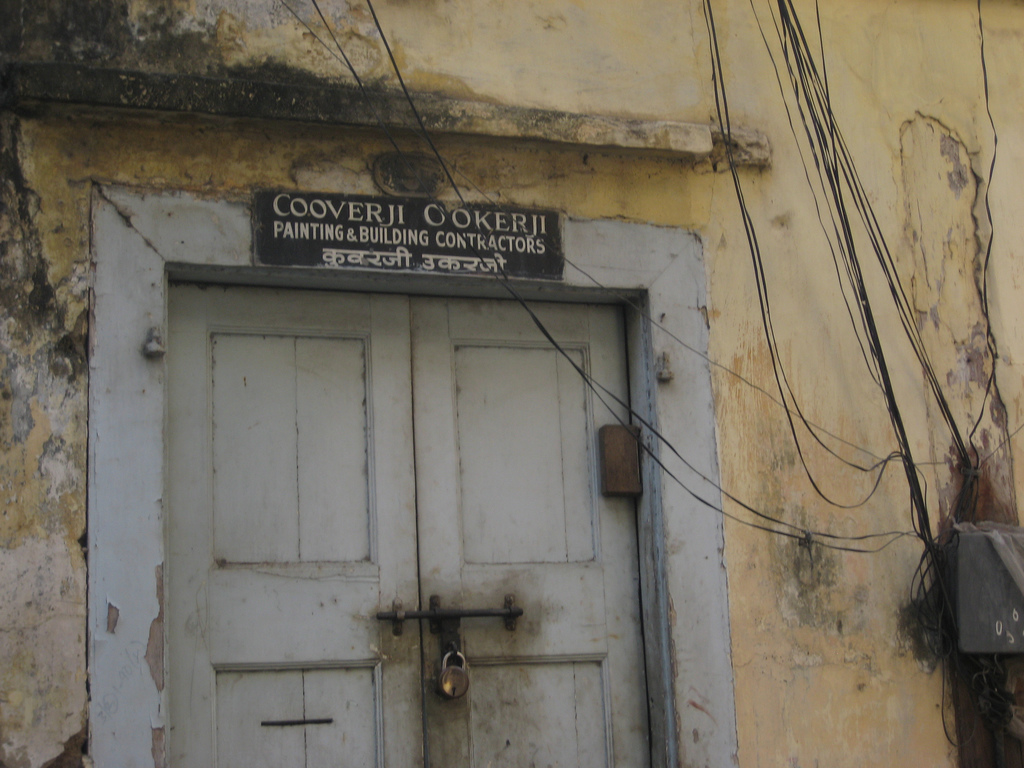
Language: hindi
Transcription: कुवरजी उकरजी